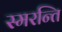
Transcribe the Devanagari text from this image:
स्मरन्ति